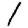
Digit: 1